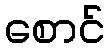
စောင်